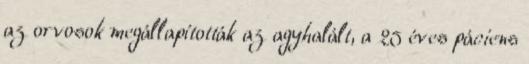
az orvosok megállapították az agyhalált, a 25 éves páciens